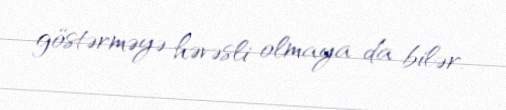
göstərməyə həvəsli olmaya da bilər.